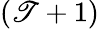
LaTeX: (\mathscr{T}+1)